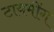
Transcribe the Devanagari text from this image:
टायमींग